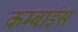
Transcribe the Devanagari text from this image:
कम्बाइंस